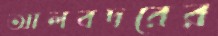
আলবদরের